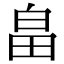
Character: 畠